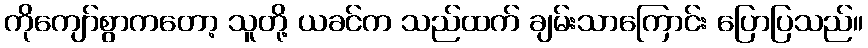
ကိုကျော်စွာကတော့ သူတို့ ယခင်က သည်ထက် ချမ်းသာကြောင်း ပြောပြသည်။